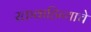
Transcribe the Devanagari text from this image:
रक्तवाहिन्याचे